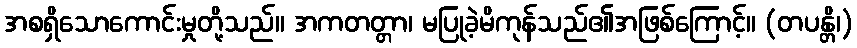
အစရှိသောကောင်းမှုတို့သည်။ အကတတ္တာ၊ မပြုခဲ့မိကုန်သည်၏အဖြစ်ကြောင့်။ (တပန္တိ၊)